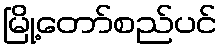
မြို့တော်စည်ပင်